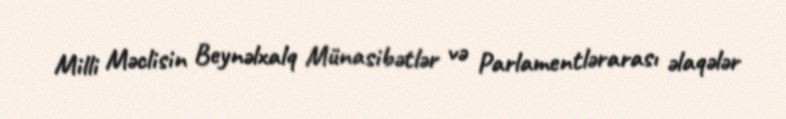
Milli Məclisin Beynəlxalq Münasibətlər və Parlamentlərarası əlaqələr